Vaccination in Bombay 1869-1873 - 1869-1873
Year: 1869
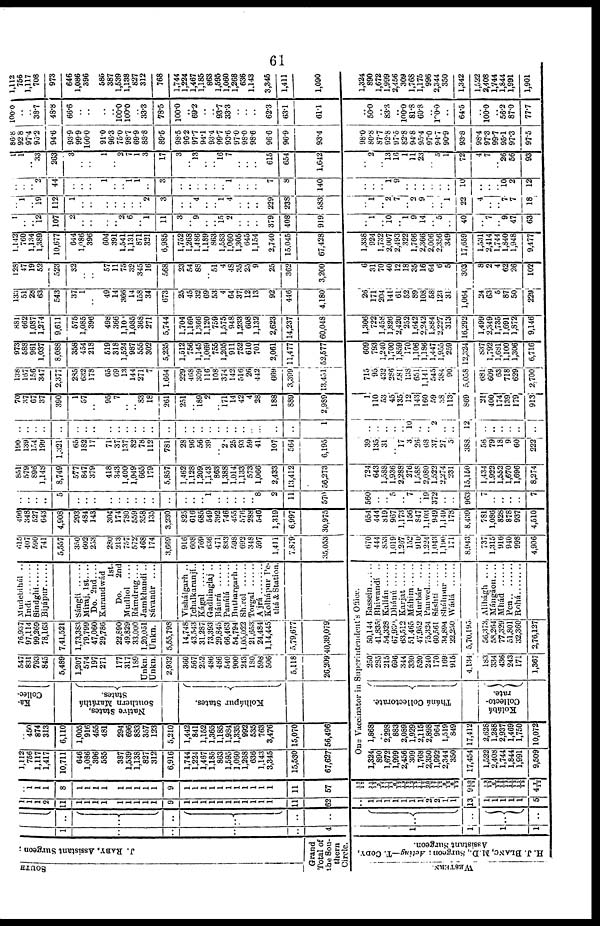
61
SOUTH
J. RABY, Assistant Surgeon ;
Grand
Total of
the Sou-
thern
Circle.
WESTERN.
H. J. BLANC, M.D., Surgeon; Acting—T. CODY,
Assistant Surgeon.
1
..
..
..
..
4
1
1
1
1
..
..
..
..
..
..
..
..
..
..
1
1
1
2
11
1
1
1
1
1
1
1
1
1
9
1
1
1
1
1
1
1
1
1
1
1
11
62
1
1
1
1
1
1
1
2
2
1
1
13
1
1
1
1
1
5
..
1
1
1
8
1
1
1
1
1
1
1
1
1
9
1
1
1
1
1
1
1
1
1
1
1
11
67
12/12
11/12
3/12
11/12
6/12
12/12
12/12
11/12
20/12
17/12
9/12
6/12
9 10/12
12/12
6/12 15/12
11/12
11/12
4 7/12
1,112
756
1,117
1,417
10,711
646
1,086
396
585
387
1,539
1,138
827
312
6,916
1,744
1,224
1,467
1,185
863
1,595
1,060
1,268
636
1,143
3,345
15,530
67,627
..
450
874
313
6,110
1,005
916
455
481
294
696
883
357
123
5,210
1,442
841
1,152
1,365
1,185
1,984
1,335
992
535
763
3,476
15,070
56,496
Ka¬
Collec¬
Native States,
Southern Maráthá
States.
Kolhápur States.
547
831
793
845
5,489
1,207
574
197
271
177
317
189
Unkn.
Unkn.
2,932
360
567
202
486
486
540
900
243
180
598
506
5,118
26,209
76,937
97,114
99,269
78,163
7,41,521
1,73,383
79,799
47,060
29,786
22,890
49,829
33,000
1,20,051
Unkn.
5,55,798
14,748
43.543
31,287
73,393
29,845
66,463
54,794
1,05,022
21,653
24,484
1,14,445
5,79,677
40,39,079
Mudebihál ..
Indi
Sindghi
Bijápur ......
Sánglí
Miraj, 1st ....
Do. 2nd ....
Kurandwád
1st.
Do.
2nd
Mudhol
....
Rámdrug....
Jamkhandí ..
Sávanúr
....
Vishálgarh ..
Ichalkaranjí..
Kágal
Gadhinglaj ..
Báurá ......
Panálá Buthargarh..
Shirol
Torgal
Aijrá
...
Kolhapur Pe¬
thá& Station.
One Vaccinator in Superintendent's Office.
1,324
890
1,672
1,999
2,456
309
1,768
2,350
1,992
2,344
350
17,454
1,522
2,408
1,744
1,844
1,991
9,509
1,868
.. 2,298
883
2,089
1,929
2,115
2,898
964
1,519
849
17,412
2,628
1,288
2,937
1,469
1,750
10,072
Tháná Collectorate.
Kolábá
Collecto-
rate.
250
285
215
696
344
330
520
210
170
169
915
4,134
183
334
436
243
171
1,367
50,144
41,835
54,3258
67,830
63,512
51,465
47,952
75,324
60,561
34,894
22,250
5,70,195
56,373
58,264
77,329
51,801
32,360
2,76,127
Bassein......
Bhiwandí ..
Kalián
......
Dhánú
......
Karjat
.......
Máhim
......
Murbár ....
Pauwel
Sáshti
Sháhpur ....
Wádá ......
Alihágh ....
Mámgáon....
Mhád
Pen
.........
Rohá .......
615
407
590
741
5,557
350
602
253
280
213
757
572
468
174
3,669
916
608
769
636
471
833
598
692
348
597
1,411
7,879
35,053
670
444
853
1,019
1,267
152
910
1,224
1,043
1,190
171
8,943
737
1,315
916
940
998
4,906
496
348
527
643
4,908
293
484
143
304
174
780
559
358
135
3,230
825
616
685
549
392
746
455
576
288
546
1,319
6,997
30,975
654
444
819
967
1,173
156
847
1,103
949
1,149
178
8,439
781
1,086
828
878
937
4,510
..
..
..
..
5
..
..
..
..
..
..
..
..
..
..
..
..
.. 1
..
..
..
..
.. 8
2
11
570
560
..
.. 5
.. 7
.. 19
372
..
..
963
7
..
..
..
..
7
851
579
896
1,148
8,749
577
847
379
418
343
1,400
1,049
665
179
5,857
1,462
1.128
1,209
1,143
863
1,388
1,014
1,133
573
1,066
2,433
13,412
56,273
724
643
1,588
1,936
2,288
276
1,588
2,080
1,522
2,274
231
15,150
1,434
1,922
1,552
1,670
1,696
8,274
190
139
154
199
1,321
65
182
17
71
37
137
82
78
112
781
28
96
56
39
.. 2
25
93
59
41
107
564
6,195
39
135
31
.. 17
3
26
68
37
27
5
388
56
79
18
9
60
222
..
..
..
..
..
..
..
..
..
..
..
..
..
..
..
..
..
..
..
..
..
..
..
..
..
..
..
1
..
..
..
..
.. 10
..
.. 2
..
..
12
..
..
..
..
..
..
70
37
67
37
390
1
57
..
95
7
..
.. 83
18
261
251
.. 189
2
.. 171
14
42
4
28
188
889
2,989
1
110
53
45
135
12
143
160
59
38
113
869
31
400
174
139
179
913
138
167
156
347
2,377
285
632
178
65
69
13
144
271
7
1,664
229
468
309
116
108
374
142
516
26
442
669
3,399
13,451
715
95
432
2S6
581
138
651
1,141
545
384
90
5,058
681
609,
63
718
629
2,700
973
588
961
1,037
8,088
358
454
218
519
318
1,524
987
555
302
5,235
1,512
756
1,145
1,069
755
1,205
911
752
610
701
2,061
11,477
52,577
609
793
1,240
1,700
1,859
170
1,106
1,186
1,447
1,955
259
12,324
837
1,792
1,681
1,100
1,306
6,716
881
662
1,087
1,274
9,611
575
1,085
396
498
366
1,100
1,085
368
271
5,744
1,704
1,169
1,366
1,120
759
1,575
948
1,233
608
1,132
2,623
14,237
60,048
1,306
722
1,458
1,826
2,420
252
1,642
2,242
1,884
2 227
313
16,292
1,499
2,349
1,735
1,691
1,872
9,146
133
51
28
63
543
37
1
..
49
14
366
14
158
34
673
25
45
32
69
53
4
64
37
12
13
92
446
4,180
26
171
204
141
61
52
89
108
58
123
31
1,064
24
63
5
87
50
229
128
47
19
52
523
32
..
..
57
11
75
32
345
16
568
23
64
88
.. 51
4
48
35
25
9
25
362
3,200
6
31
70
40
12
18
35
16
64
6
5
303
8
2
4
62
26
102
1,142
760
1,134
1,389
10,677
644
l,086
396
604
391
1,541
1,131
871
321
6,985
1,752
1,268
1,486
.. 863
1,583
1,060
1,305
645
1,154
2,740
15,045
67,428
1,338
924
1,732
2,007
2,493
322
1,766
2,366
2,006
2,356
349
17,659
1,531
2,414
1,744
1,840
1,948
9,477
1
..
.. 12
107
2
..
..
..
.. 2
6
.. 1
11
3
.. 9
..
.. 15
2
..
..
..
379
408
919
.. 1
.. 10
.. 1
9
14
.. 5
..
40
..
7
.. 9
47
63
.. 1
.. 19
112
1
..
..
..
..
..
..
.. 2
3
..
.. 4
..
.. 1
4
..
..
..
229
238
583
.. 1
.. 2
7
.. 2
9
..
.. 1
22
4
..
.. 7
7
18
..
..
.. 2
44
..
..
..
1
..
.. 1
1
..
3
..
..
..
..
..
.. 1
..
..
..
7
8
140
..
..
.. 1
9
..
..
..
..
..
..
10
..
..
.. 10
2
12
1
1
.. 33
263
3
..
..
1
.. 2
7
1
3
17
3
.. 13
..
.. 16
7
..
..
..
615
654
1,642
.. 2
.. 13
16
1
11
23
.. 5
1
72
4
7
.. 26
56
93
86.8
92.8
97.4
95.2
94.6
93.9
99.9
100.0
91.0
96.3
75.0
98.7
69.9
88.8
89.5
98.5
96.2
97.7
94.1
93.4
99.7
93.6
97.0
98.0
98.6
96.0
96.9
93.4
980
80.8
87.7
92.8
97.5
82.8
94.8
95.4
97.0
94.7
90.9
93.8
98.4
97.3
99.7
95.1
97.3
97.5
100.0
..
.. 38.7
48.8
66.6
..
..
..
.. 100.0
100.0
.. 33.3
78.5
100.0
.. 69.2
..
.. 93.7
33.3
..
..
..
62.3
63.1
61.1
.. 50.0
.. 83.3
..
100.0 81.8
60.8
..
100.0
..
64.5
..
100.0
56.2
87.0
77.7
1,112
756
1,117
708
973
646
1,086
396
585
387
1,539
1,138
827
312
768
1,744
1,224
1,467
1,185
863
1,595
1,060
1,268
636
1,143
3,345
1,411
1,090
1,324
890
1,672
1,999
2,456
309
1,768
1,175
996
2,344
350
1,342
1,522
2,408
1,744
1,844
1,991
1,901